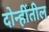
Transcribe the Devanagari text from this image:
दोन्हींतील